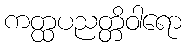
ကတ္ထပညတ္တိဝါရော